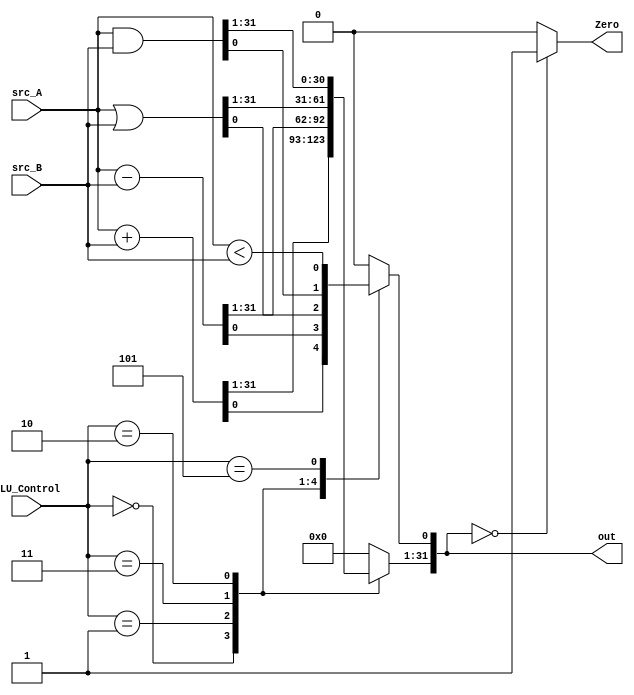
module ALU #(parameter width=32) (ALU_Control,src_A,src_B,out,Zero);

input [2:0] ALU_Control;
input  [width-1:0] src_A;
input  [width-1:0] src_B;
output  Zero;
output reg [width-1:0] out;
always@(*)
begin
case(ALU_Control)
3'b000: out = src_A + src_B;                     // out = A+B
3'b001: out = src_A - src_B;                     // out = A-B
3'b011: out = src_A | src_B;                    // out = A or B
3'b010: out = src_A & src_B;                   // out = A and B
3'b101: 
begin
 
 out[0] = src_A < src_B;                    // out = 1 if A<B slt out,A,B
out[width-1:1] = 31'b0;
end                    
default: out = 32'h0;

endcase 
end
assign Zero = (out ==0) ? 1'b1 : 1'b0;
endmodule